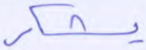
يشكر